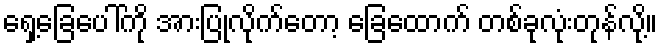
ရှေ့ခြေပေါ်ကို အားပြုလိုက်တော့ ခြေထောက် တစ်ခုလုံးတုန်လို့။